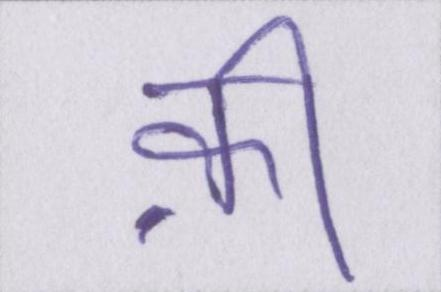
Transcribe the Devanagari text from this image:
क़ी